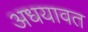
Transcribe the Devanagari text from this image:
अधयावत